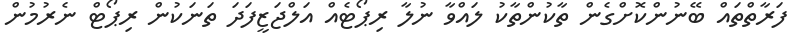
ފަރާތްތައް ބޭނުންކޮށްގެން ތާކުންތާކު ލައްވާ ނުލާ ރިޕޯޓެއް އަލްޖަޒީފަދަ ތަނަކުން ރިޕޯޓް ނެރުމުން